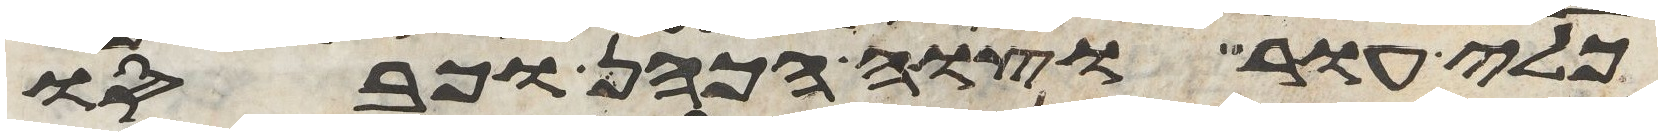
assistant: כלי עור וצוה הכהן וכבסו